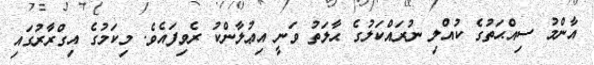
އާންމު ސިއްޙަތުގެ ކުއްލި ނުރައްކަލުގެ ޙާލަތު ވަނީ އިޢުލާންކު ރެވިފައެވެ. މިކަމުގެ އިގްރާރުގައި